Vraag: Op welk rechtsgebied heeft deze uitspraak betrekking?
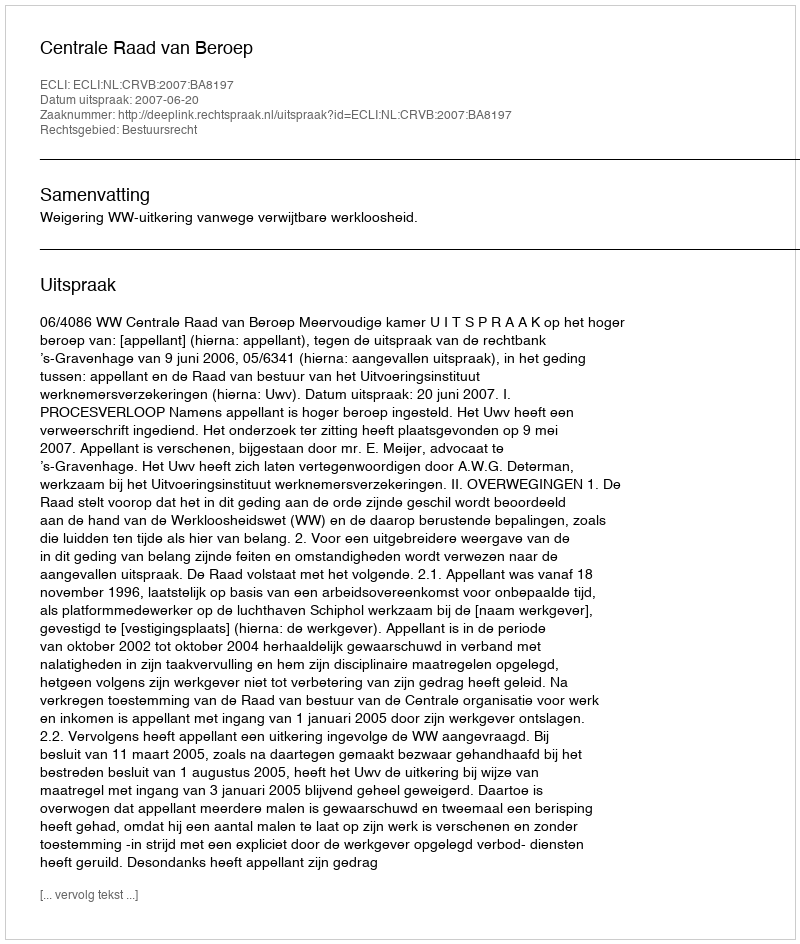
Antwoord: Bestuursrecht